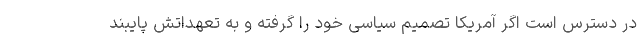
در دسترس است اگر آمریکا تصمیم سیاسی خود را گرفته و به تعهداتش پایبند